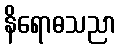
နိရောဓသညာ